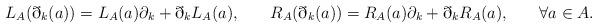
LaTeX: \begin{align*} L_A(\eth_k(a)) = L_A(a) \partial_k + \eth_k L_A(a), \qquad\! R_A(\eth_k(a)) = R_A(a) \partial_k + \eth_k R_A(a), \qquad\! \forall a \in A.\!\!\! \end{align*}